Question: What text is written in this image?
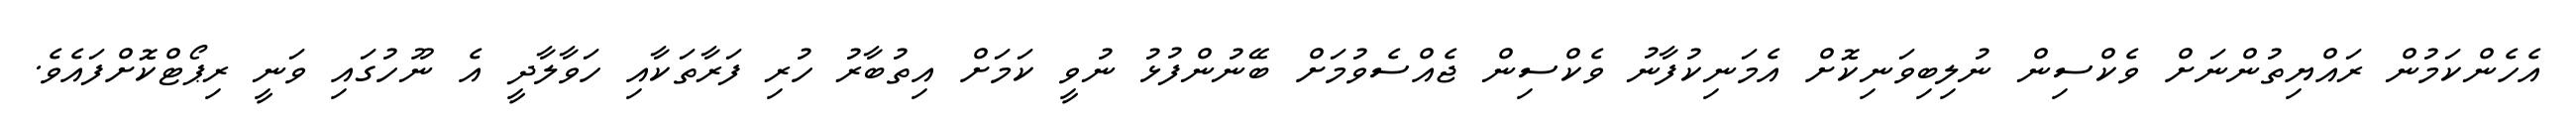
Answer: އެހެންކަމުން ރައްޔިތުންނަށް ވެކްސިން ނުލިބިވަނިކޮށް އެމަނިކުފާނު ވެކްސިން ޖެއްސެވުމަށް ބޭނުންފުޅު ނުވީ ކަމަށް އިތުބާރު ހުރި ފަރާތަކާއި ހަވާލާދީ އެ ނޫހުގައި ވަނީ ރިޕޯޓްކޮށްފައެވެ.